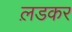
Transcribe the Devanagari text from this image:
ल़डकर